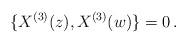
LaTeX: \begin{align*}\{ X^{(3)}(z), X^{(3)}(w)\} = 0\,.\end{align*}